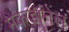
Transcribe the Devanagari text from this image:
मैकडानेल